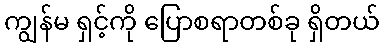
ကျွန်မ ရှင့်ကို ပြောစရာတစ်ခု ရှိတယ်